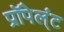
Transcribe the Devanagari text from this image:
प्रॉपेल्ंट